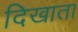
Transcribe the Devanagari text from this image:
दिखाता